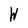
Character: W